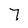
Character: 7